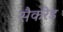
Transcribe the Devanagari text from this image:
सैकरेड